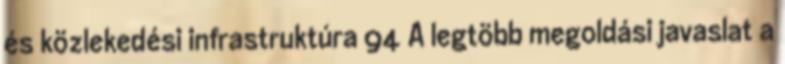
és közlekedési infrastruktúra 94 A legtöbb megoldási javaslat a